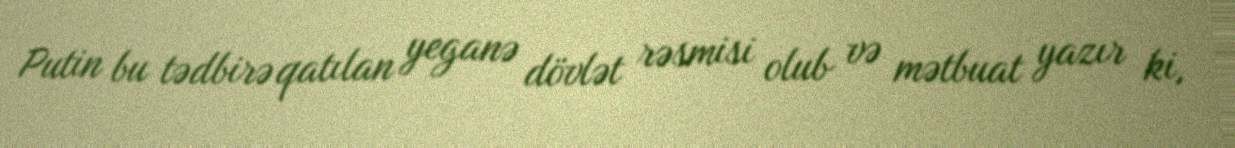
Putin bu tədbirə qatılan yeganə dövlət rəsmisi olub və mətbuat yazır ki,